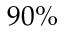
9 0 \%